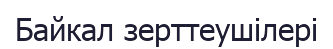
Байкал зерттеушілері